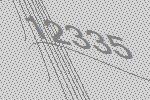
12335